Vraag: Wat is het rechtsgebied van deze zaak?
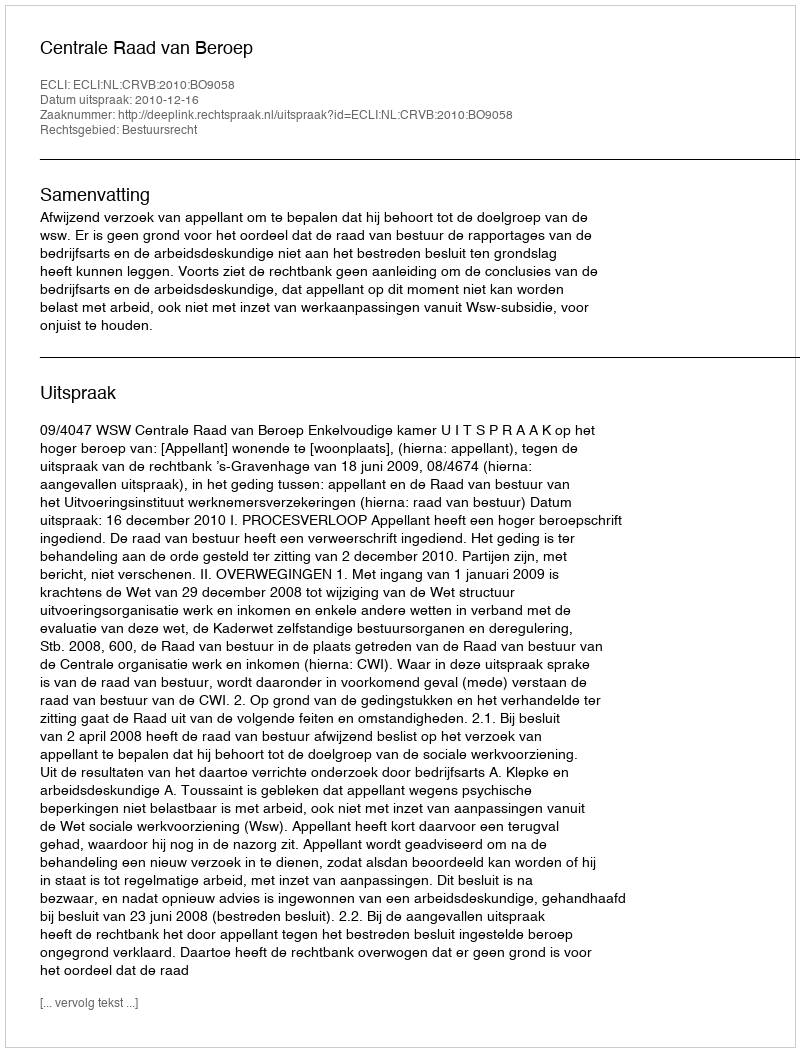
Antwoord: Bestuursrecht